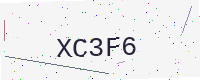
Text: XC3F6